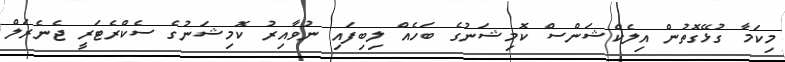
މިކަމާ ގުޅޭގޮތުން އިލެކްޝަންސް ކޮމިޝަނުގެ ބަހެއް ލިބިފައި ނުވާއިރު ކޮމިޝަނުގެ ސެކްރެޓަރީ ޖެނެރަލް